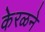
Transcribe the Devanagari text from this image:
केरळने